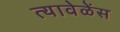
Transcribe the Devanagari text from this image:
त्यावेळेंस